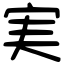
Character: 実